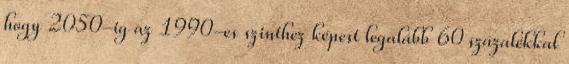
hogy 2050-ig az 1990-es szinthez képest legalább 60 százalékkal